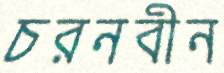
চরনবীন